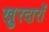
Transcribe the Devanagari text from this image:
खुरदारों